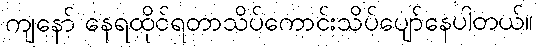
ကျနော် နေရထိုင်ရတာသိပ်ကောင်းသိပ်ပျော်နေပါတယ်။